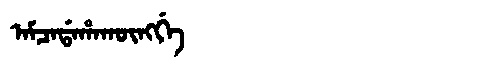
Manchu: ᠠᠮᠴᠠᡩᠠᡥᠠᡴᡡᠩᡤᡝ
Romanization: AMCADAHAKŪNGGE